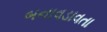
બનાવડાવતા